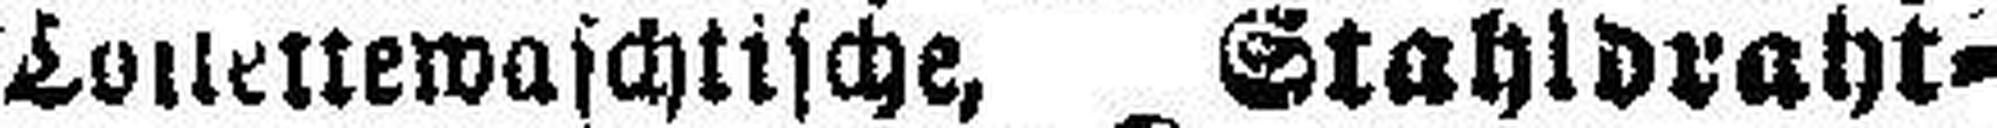
Toilettewaschtische, Stahldraht¬